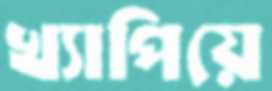
খ্যাপিয়ে